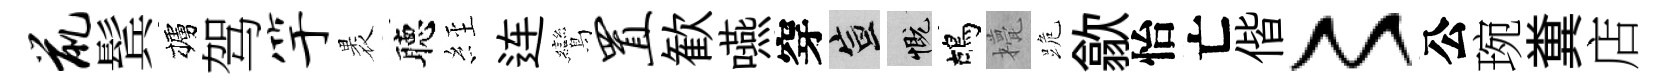
鼠鬂櫨驾竽褁聴𦀇连鸞置歓嚥穿宣慨鴣甍跪歙怡亡偕〻公琬糞店